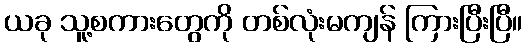
ယခု သူ့စကားတွေကို တစ်လုံးမကျန် ကြားပြီးပြီ။